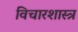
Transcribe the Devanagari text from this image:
विचारशास्त्र